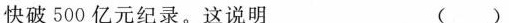
快破500亿元纪录。这说明 ( )